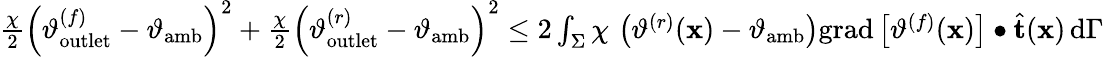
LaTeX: \begin{array}{r}{\frac{\chi}{2}\left(\vartheta_{\mathrm{outlet}}^{(f)}-\vartheta_{\mathrm{amb}}\right)^{2}+\frac{\chi}{2}\left(\vartheta_{\mathrm{outlet}}^{(r)}-\vartheta_{\mathrm{amb}}\right)^{2}\leq 2\int_{\Sigma}\chi\, \left(\vartheta^{(r)}(\mathbf{x})-\vartheta_{\mathrm{amb}}\right)\mathrm{grad}\left[\vartheta^{(f)}(\mathbf{x})\right]\bullet\widehat{\mathbf{t}}(\mathbf{x})\, \mathrm{d}\Gamma}\end{array}